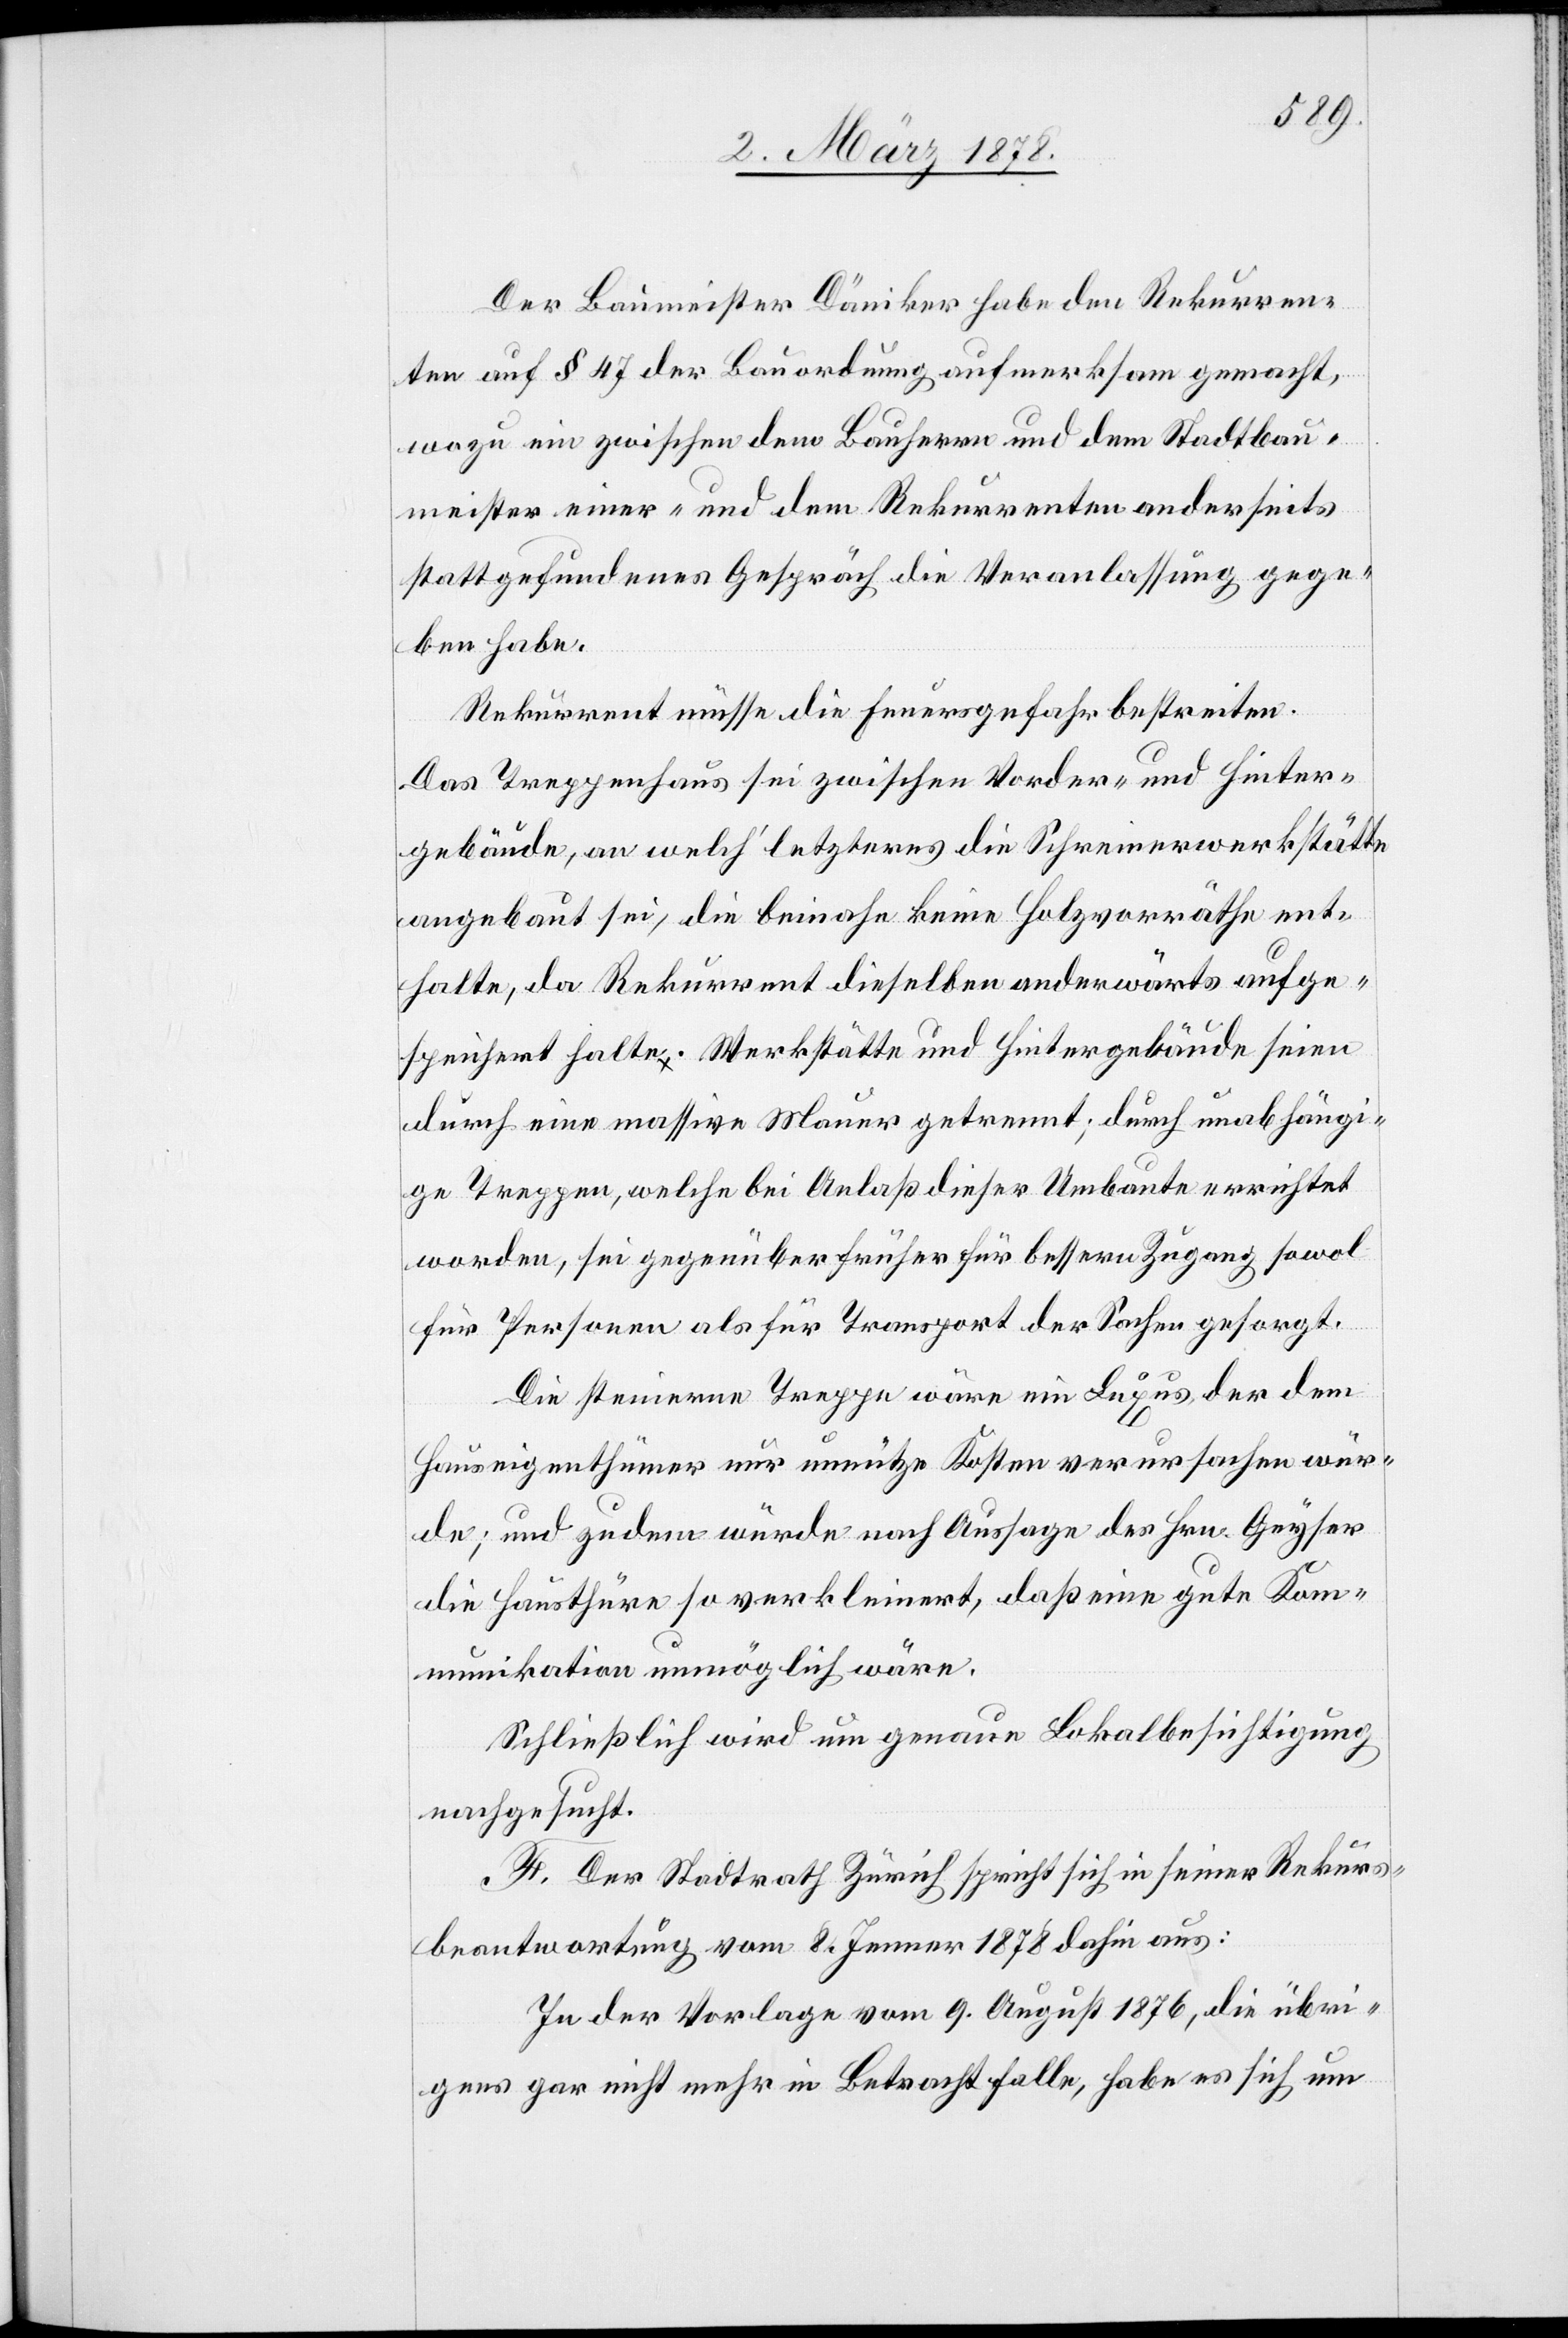
Der Baumeister Däniker habe den Rekurren¬
ten auf § 47 der Bauordnung aufmerksam gemacht,
wozu ein zwischen dem Bauherrn und dem Stadtbau¬
meister einer- und dem Rekurrenten anderseits
stattgefundenes Gespräch die Veranlassung gege¬
ben habe.
Rekurrent müsse die Feuergefahr bestreiten.
Das Treppenhaus sei zwischen Vorder- und Hinter¬
gebäude, an welch’ letzteres die Schreinerwerkstätte
angebaut sei, die beinahe keine Holzvorräthe ent¬
halte, da Rekurrent dieselben anderwärts aufge¬
speichert halte. Werkstätte und Hintergebäude seien
durch eine massive Mauer getrennt; durch unabhängi¬
ge Treppen, welche bei Anlaß dieser Umbaute verrichtet
worden, sei gegenüber früher für bessern Zugang sowol
für Personen als für Transport der Sachen gesorgt.
Die steinerne Treppe wäre ein Luxus der dem
Hauseigenthümer nur unnütze Kosten verursachen wür¬
de; und zudem würde nach Aussage des Hrn. Geyser
die Hausthüre so verkleinert, daß eine gute Kom¬
munikation unmöglich wäre.
Schließlich wird um genaue Lokalbesichtigung
nachgesucht.
F. Der Stadtrath Zürich spricht sich in seiner Rekurs¬
beantwortung vom 8. Jenner 1878 dahin aus:
In der Vorlage vom 9. August 1876, die übri¬
gens gar nicht mehr in Betracht falle, habe es sich um